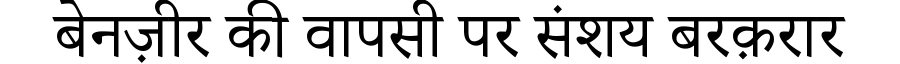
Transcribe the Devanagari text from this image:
बेनज़ीर की वापसी पर संशय बरक़रार